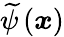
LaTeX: \widetilde{\psi}\left(\boldsymbol{x}\right)